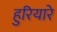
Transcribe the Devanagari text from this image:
हुरियारे